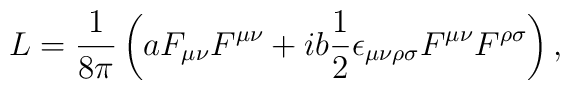
L=\frac{1}{8\pi }\left( aF_{\mu \nu }F^{\mu \nu }+ib\frac{1}{2}\epsilon_{\mu \nu \rho \sigma }F^{\mu \nu }F^{\rho \sigma }\right)  ,